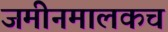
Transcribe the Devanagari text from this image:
जमीनमालकच